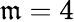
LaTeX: \mathfrak{m}=4